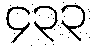
၄၃၃